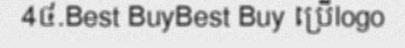
4៤.Best BuyBest Buy ប្រើlogo